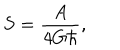
S = \frac { A } { 4 G \hbar } ,